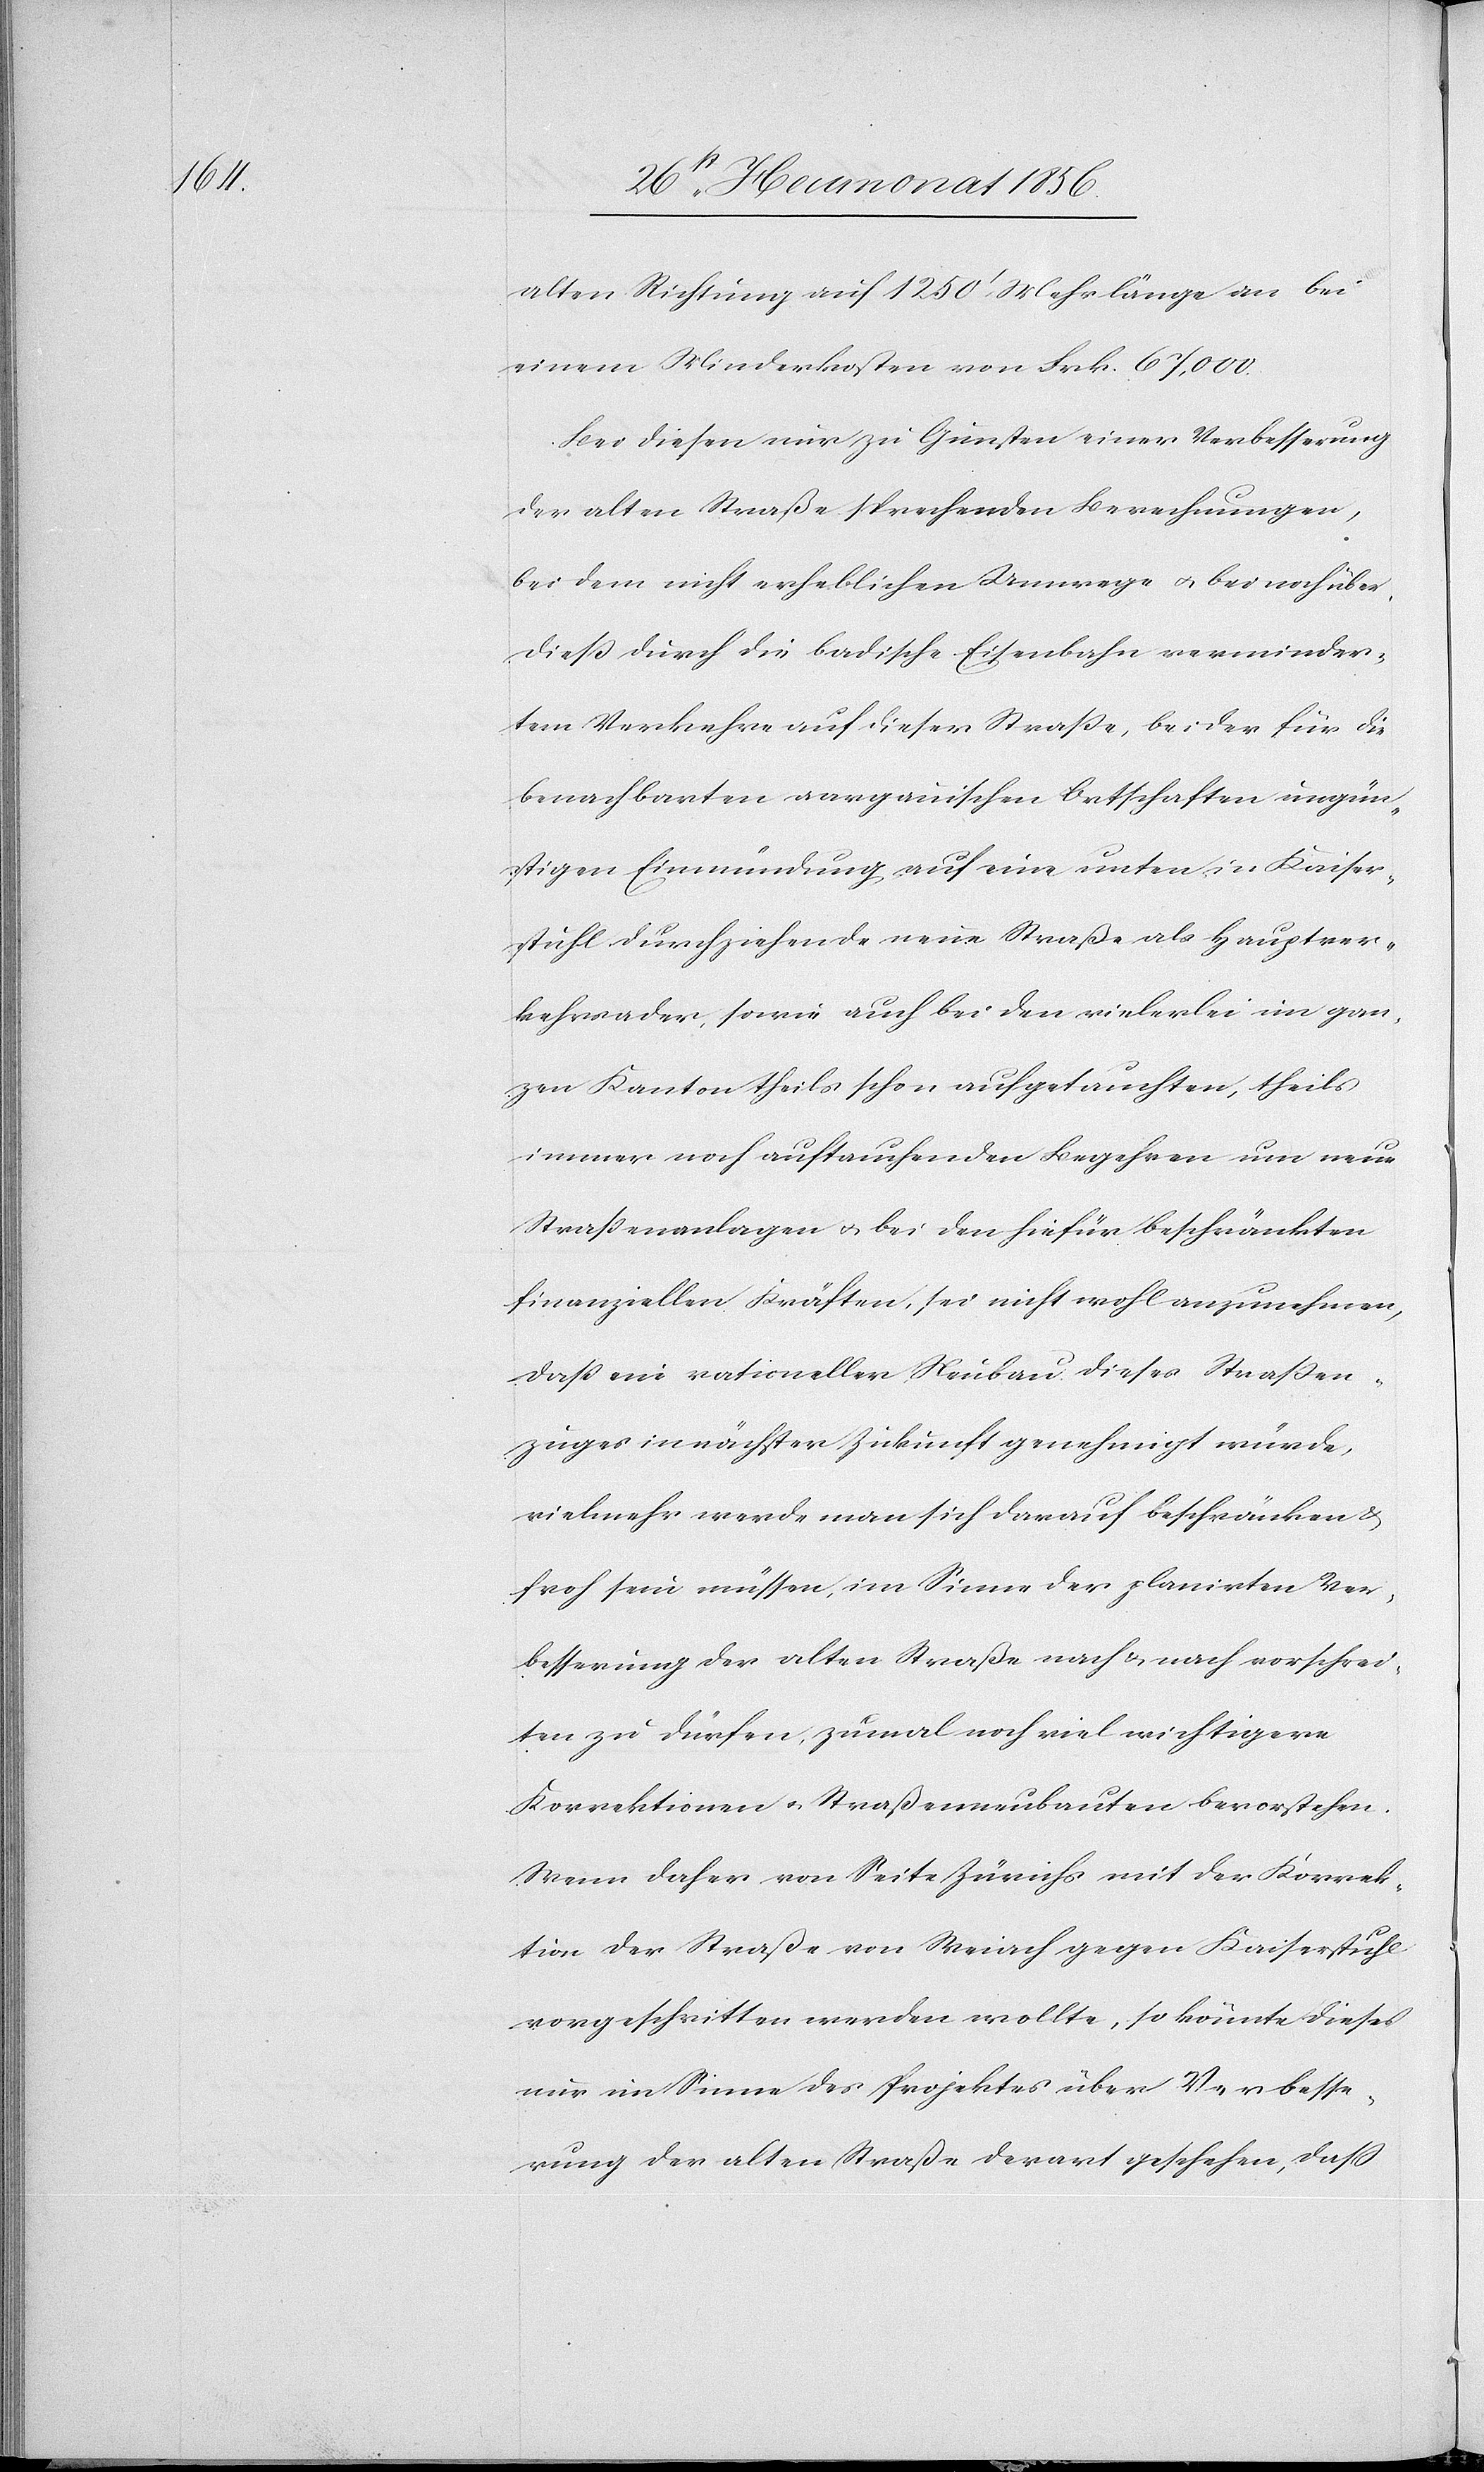
alten Richtung auf 1250' Mehrlänge an bei
einem Minderkosten von Frk. 67,000.
Bei diesen nur zu Gunsten einer Verbesserung
der alten Straße sprechenden Berechnungen,
bei dem nicht erheblichen Umwege u. bei noch über¬
diess durch die badische Eisenbahn verminder¬
tem Verkehre auf dieser Strasse, bei der für die
benachbarten aargauischen Ortschaften ungün¬
stigen Einmündung auf eine unten in Kaiser¬
stuhl durchziehende neue Straße als Hauptver¬
kehrsader, sowie auch bei den vielerlei im gan¬
zen Kanton theils schon aufgetauchten, theils
immer noch auftauchenden Begehren um neue
Strassenanlagen u. bei den hiefür beschränkten
finanziellen Kräften, sei nicht wohl anzunehmen,
dass ein rationeller Neubau dieses Strassen¬
zuges in nächster Zukunft genehmigt würde,
vielmehr werde man sich darauf beschränken &
froh sein müssen, im Sinne der planirten Ver¬
besserung der alten Straße nach & nach vorschrei¬
ten zu dürfen, zumal noch viel wichtigere
Korrektionen u. Straßenneubauten bevorstehen.
Wenn daher von Seite Zürichs mit der Korrek¬
tion der Straße von Weiach gegen Kaiserstuhl
vorgeschritten werden wollte, so könnte dieses
nur im Sinne des Projektes über Verbesse¬
rung der alten Straße derart geschehen, dass